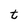
Character: t